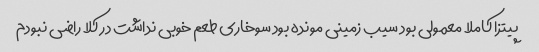
پیتزا کاملا معمولی بود سیب زمینی مونده بود سوخاری طعم خوبی نداشت در کلا راضی نبودم